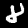
Digit: 8